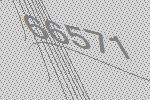
66571